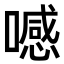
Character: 𠿑